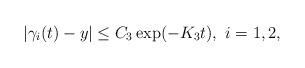
LaTeX: \begin{align*} |\gamma_i(t)-y| \leq C_3 \exp(-K_3 t),\ i=1,2,\end{align*}